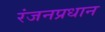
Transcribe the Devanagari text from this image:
रंजनप्रधान